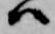
ハ